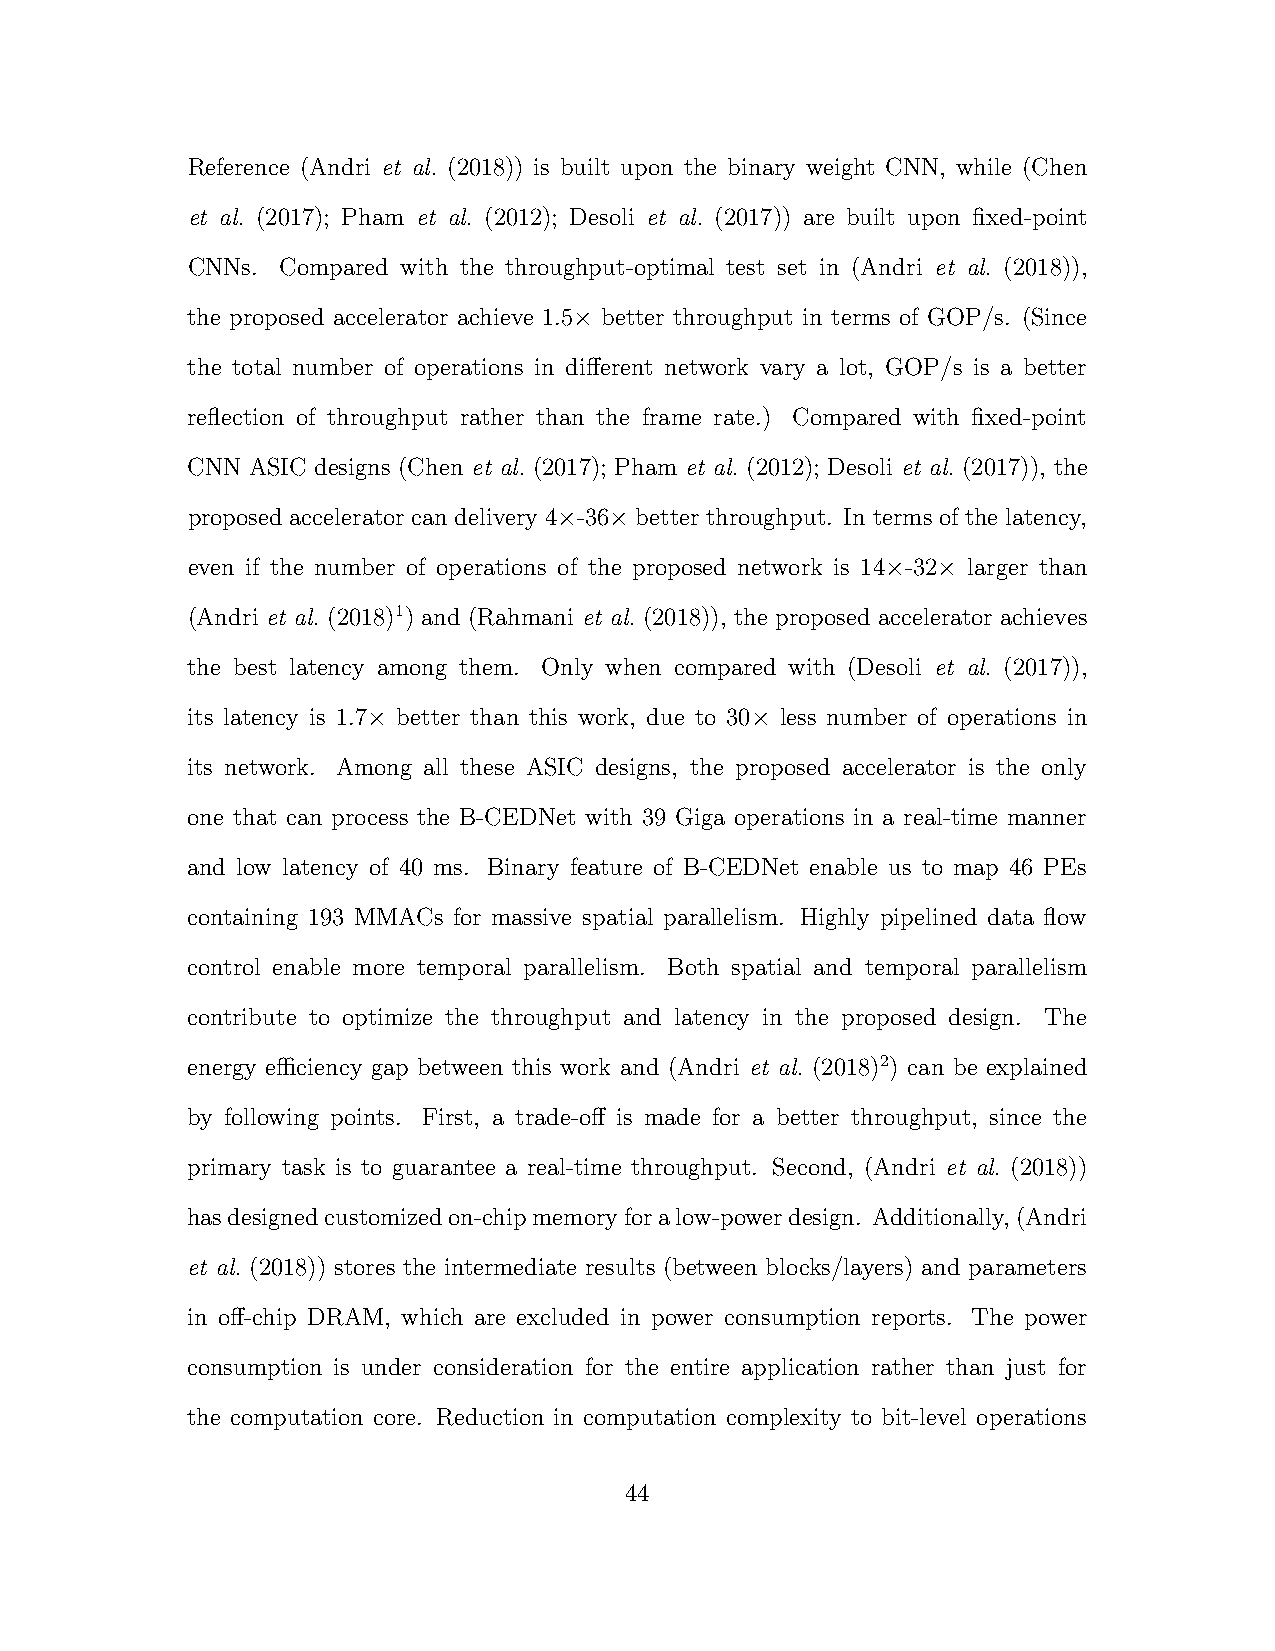
Reference (Andri et al. (2018)) is built upon the binary weight CNN, while (Chen
 et al. (2017); Pham et al. (2012); Desoli et al. (2017)) are built upon fixed-point
 CNNs.  Compared with the throughput-optimal test set in (Andri et al. (2018)),
 the proposed accelerator achieve 1.5× better throughput in terms of GOP/s. (Since
 the total number of operations in different network vary a lot, GOP/s is a better
 reflection of throughput rather than the frame rate.) Compared with fixed-point
 CNN  ASIC designs (Chen et al. (2017); Pham et al. (2012); Desoli et al. (2017)), the
 proposed accelerator can delivery 4×-36× better throughput. In terms of the latency,
 even if the number of operations of the proposed network is 14×-32× larger than
 (Andri et al. (2018)1) and (Rahmani et al. (2018)), the proposed accelerator achieves
 the best latency among them. Only when compared with (Desoli et al. (2017)),
 its latency is 1.7× better than this work, due to 30× less number of operations in
 its network. Among all these ASIC designs, the proposed accelerator is the only
 one that can process the B-CEDNet with 39 Giga operations in a real-time manner
 and low latency of 40 ms. Binary feature of B-CEDNet enable us to map 46 PEs
 containing 193 MMACs for massive spatial parallelism. Highly pipelined data flow
 control enable more temporal parallelism. Both spatial and temporal parallelism
 contribute to optimize the throughput and latency in the proposed design. The
 energy efficiency gap between this work and (Andri et al. (2018)2) can be explained
 by following points. First, a trade-off is made for a better throughput, since the
 primary task is to guarantee a real-time throughput. Second, (Andri et al. (2018))
 hasdesignedcustomizedon-chipmemoryforalow-powerdesign. Additionally,(Andri
 et al. (2018)) stores the intermediate results (between blocks/layers) and parameters
 in off-chip DRAM, which are excluded in power consumption reports. The power
 consumption is under consideration for the entire application rather than just for
 the computation core. Reduction in computation complexity to bit-level operations
 44